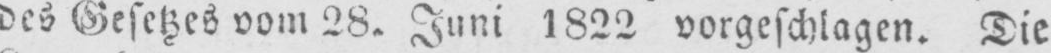
des Gesetzes vom 28. Juni 1822 vorgeschlagen. Die